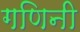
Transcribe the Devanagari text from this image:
गणिनी